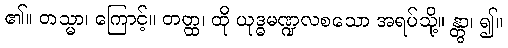
၏။ တသ္မာ၊ ကြောင့်။ တတ္ထ၊ ထို ယုဒ္ဓမဏ္ဍလစသော အရပ်သို့။ န္တွာ၊ ၍။